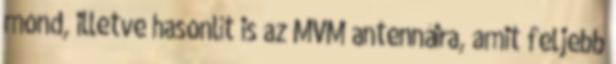
mond, illetve hasonlít is az MVM antennáira, amit feljebb